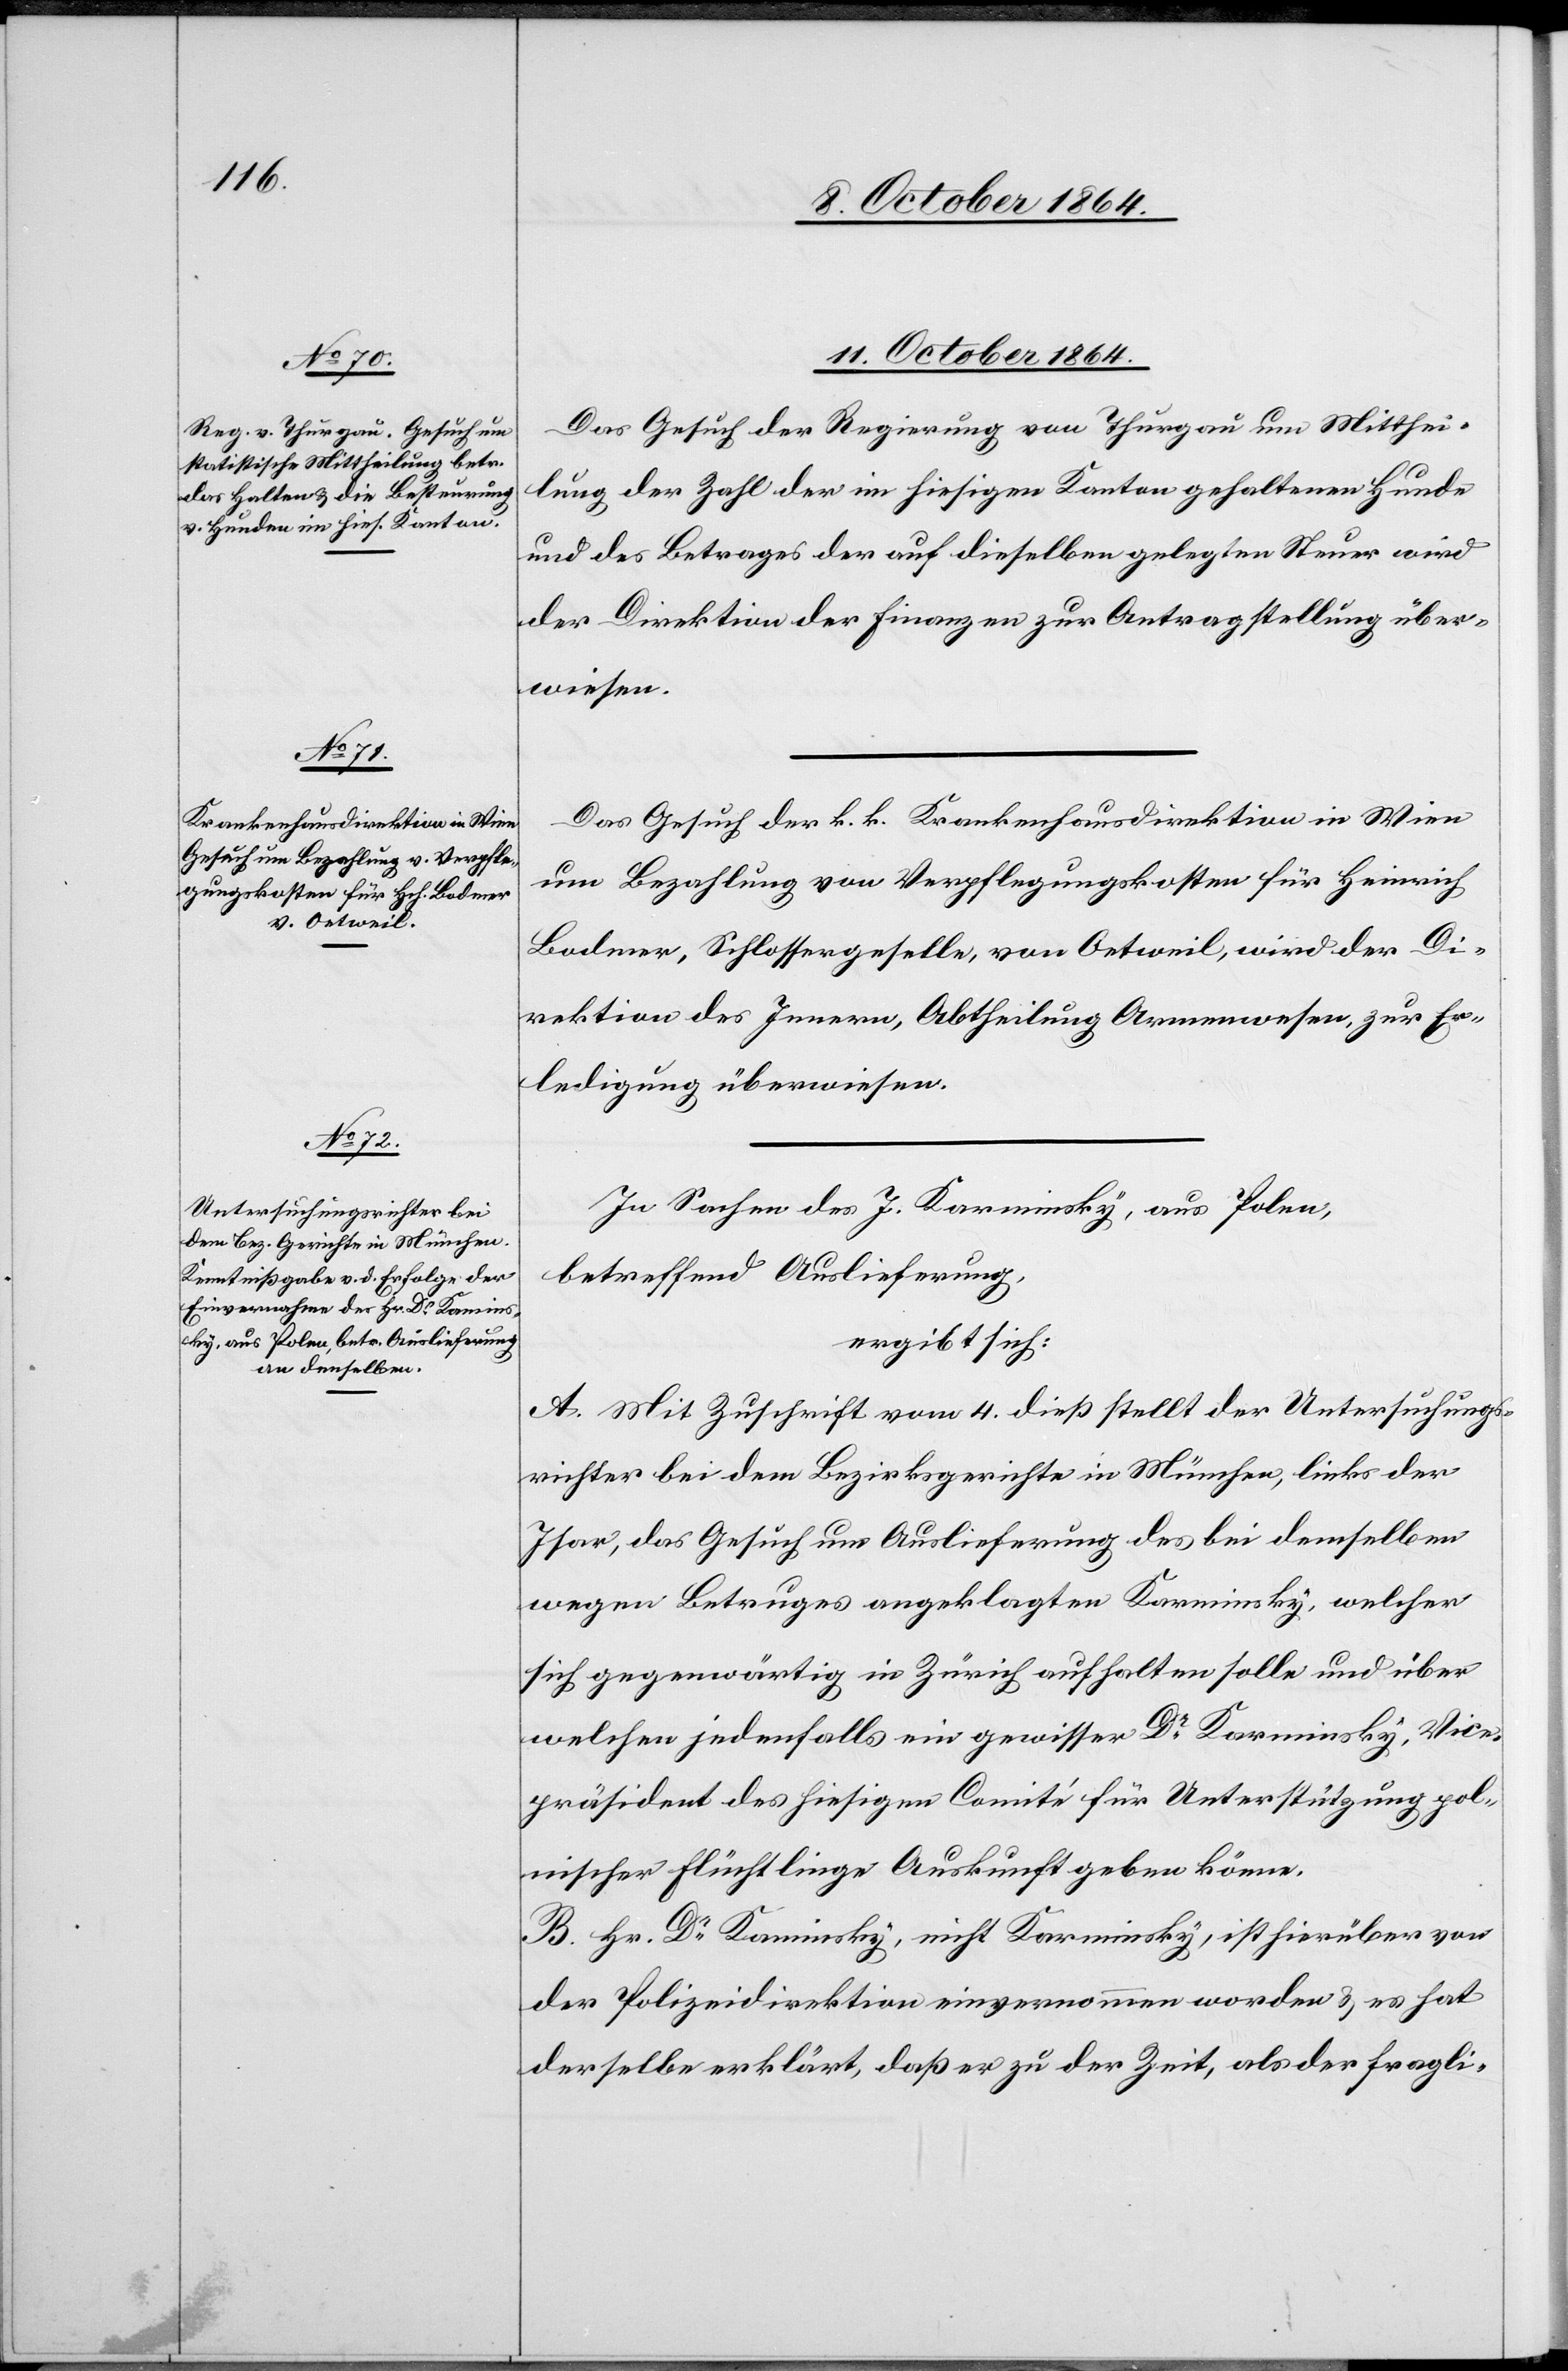
11. October 1864.]
Das Gesuch der Regierung von Thurgau um Mitthei¬
lung der Zahl der im hiesigen Kanton gehaltenen Hunde
und des Betrages der auf dieselben gelegten Steuer wird
der Direktion der Finanzen zur Antragstellung über¬
wiesen.
Das Gesuch der k. k. Krankenhausdirektion in Wien
um Bezahlung von Verpflegungskosten für Heinrich
Bodmer, Schlossergeselle, von Oetweil, wird der Di¬
rektion des Innern, Abtheilung Armenwesen, zur Er¬
ledigung überwiesen.
In Sachen des J. Karminsky, aus Polen,
betreffend Auslieferung,
ergibt sich:
A. Mit Zuschrift vom 4. dieß stellt der Untersuchungs¬
richter bei dem Bezirksgerichte in München, links der
Isar, das Gesuch um Auslieferung des bei demselben
wegen Betruges angeklagten Karminsky, welcher
sich gegenwärtig in Zürich aufhalten solle und über
welchen jedenfalls ein gewisser Dr Karminsky, Vice¬
präsident des hiesigen Comité für Unterstützung pol¬
nischer Flüchtlinge Auskunft geben könne.
B. Hr. Dr Kaminsky, nicht Karminsky, ist hierüber von
der Polizeidirektion einvernommen worden & es hat
derselbe erklärt, daß er zu der Zeit, als der fragli-